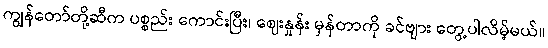
ကျွန်တော်တို့ဆီက ပစ္စည်း ကောင်းပြီး၊ ဈေးနှုန်း မှန်တာကို ခင်ဗျား တွေ့ပါလိမ့်မယ်။